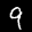
Label: 9